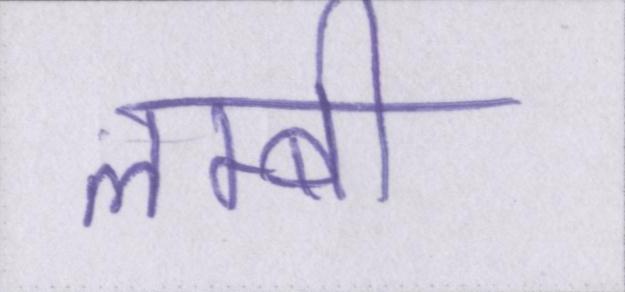
लम्बी